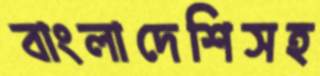
বাংলাদেশিসহ